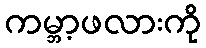
ကမ္ဘာ့ဖလားကို